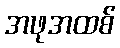
အဖုအထစ်